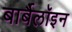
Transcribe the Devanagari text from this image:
बार्बैलॉइन